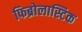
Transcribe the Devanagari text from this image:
फिब्रोलास्टिक